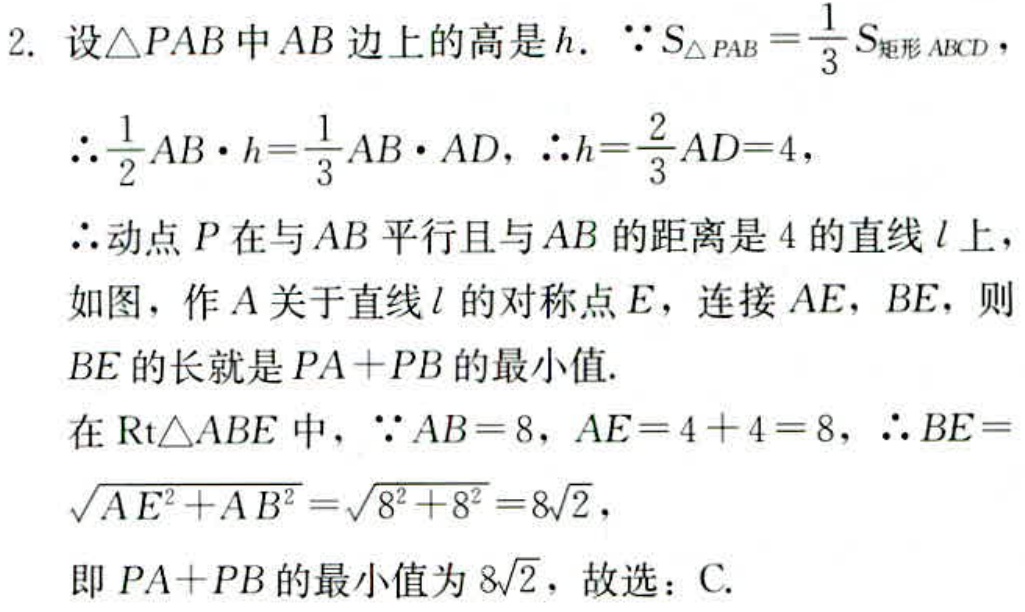
2. 设\(\triangle PAB\)中\(AB\)边上的高是\(h\). \(\because S_{\triangle PAB}=\frac{1}{3}S_{矩形 ABCD}\)，
\(\therefore \frac{1}{2}AB\cdot h = \frac{1}{3}AB\cdot AD\)，\(\therefore h = \frac{2}{3}AD = 4\)，
\(\therefore\)动点\(P\)在与\(AB\)平行且与\(AB\)的距离是\(4\)的直线\(l\)上，
如图，作\(A\)关于直线\(l\)的对称点\(E\)，连接\(AE\)，\(BE\)，则
\(BE\)的长就是\(PA + PB\)的最小值.
在\(Rt\triangle ABE\)中，\(\because AB = 8\)，\(AE = 4 + 4 = 8\)，\(\therefore BE=\sqrt{AE^{2}+AB^{2}}=\sqrt{8^{2}+8^{2}} = 8\sqrt{2}\)，
即\(PA + PB\)的最小值为\(8\sqrt{2}\)，故选：C.